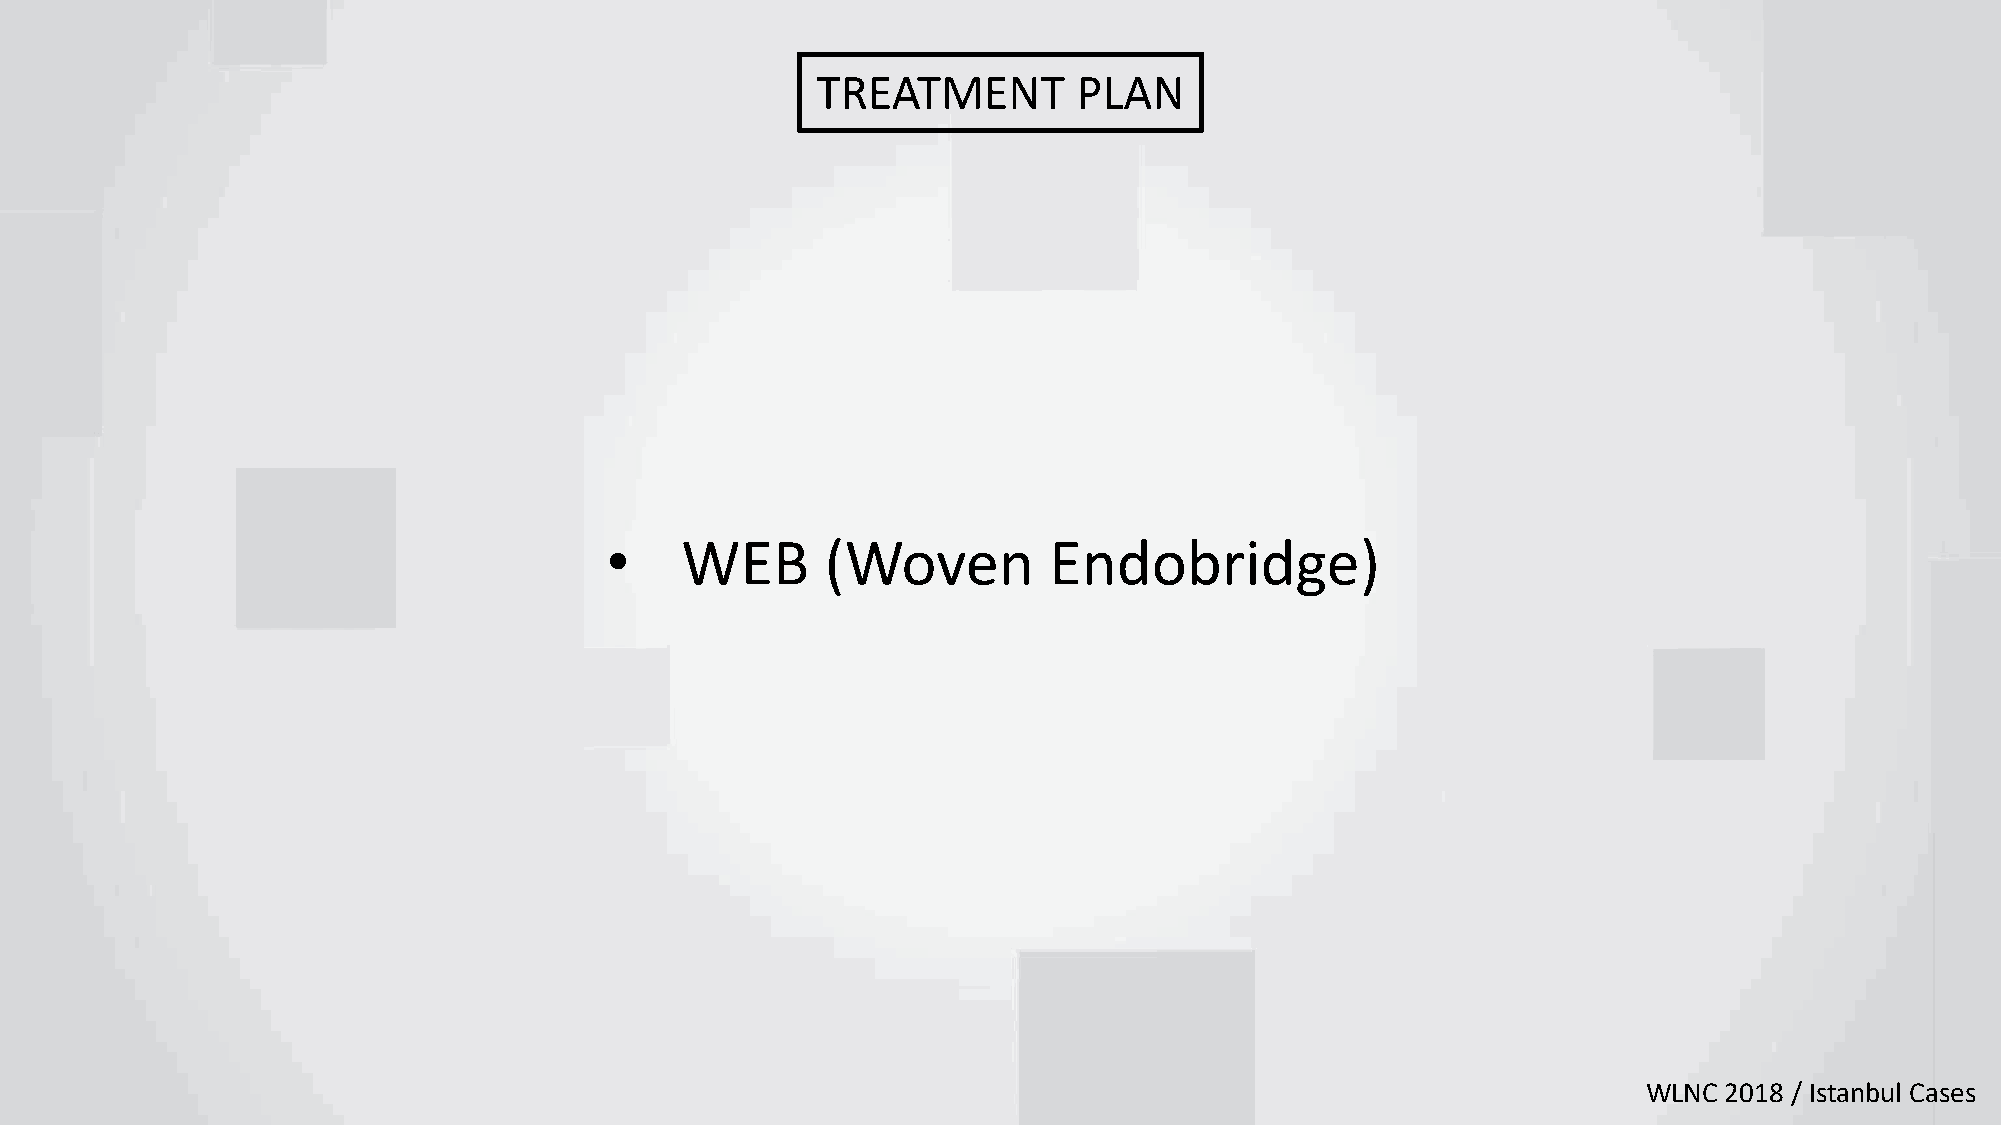
TREATMENT        PLAN
 •    WEB       (Woven        Endobridge)
 WLNC 2018 / Istanbul Cases